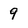
Character: 9